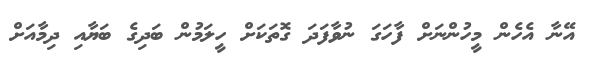
އޭނާ އެހެން މީހުންނަށް ފާހަގަ ނުވާފަދަ ގޮތަކަށް ހީލަމުން ބަދިގެ ބަޔާއި ދިމާއަށް